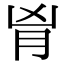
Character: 𦙄